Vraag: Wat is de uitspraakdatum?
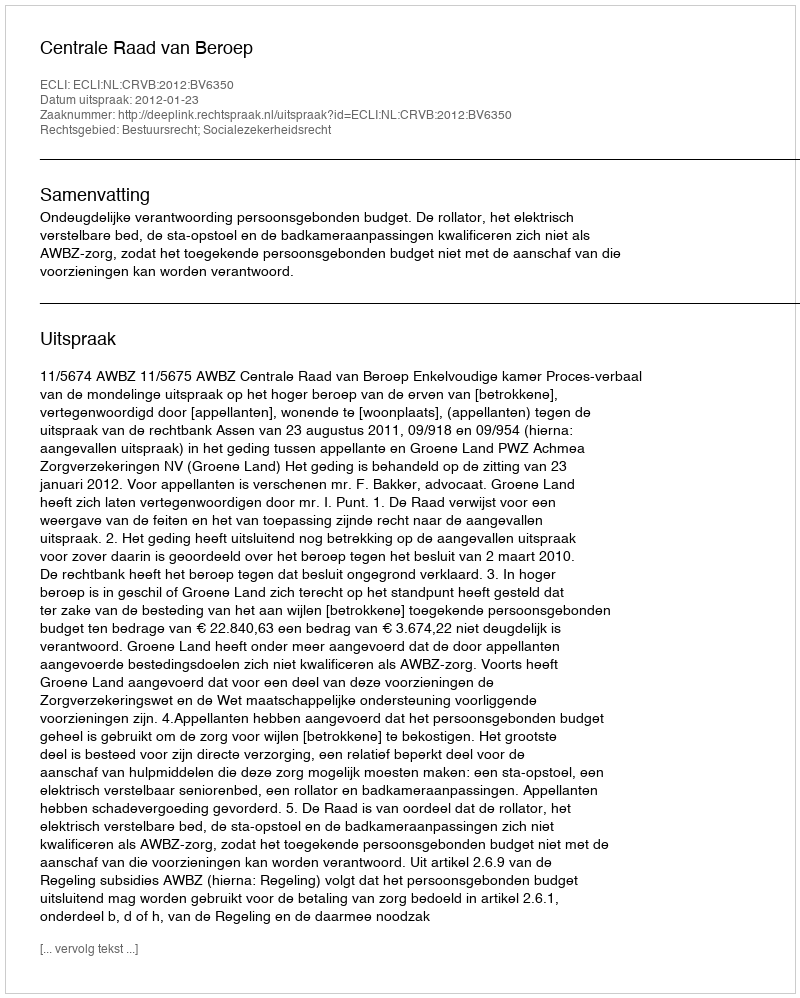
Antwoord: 2012-01-23